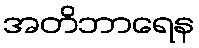
အတိဘာရေန